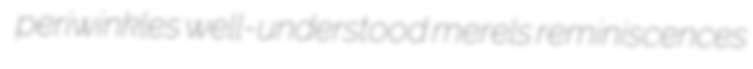
periwinkles well-understood merels reminiscences